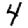
Digit: 4